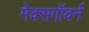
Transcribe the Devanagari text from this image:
मेक्सगॉवर्न